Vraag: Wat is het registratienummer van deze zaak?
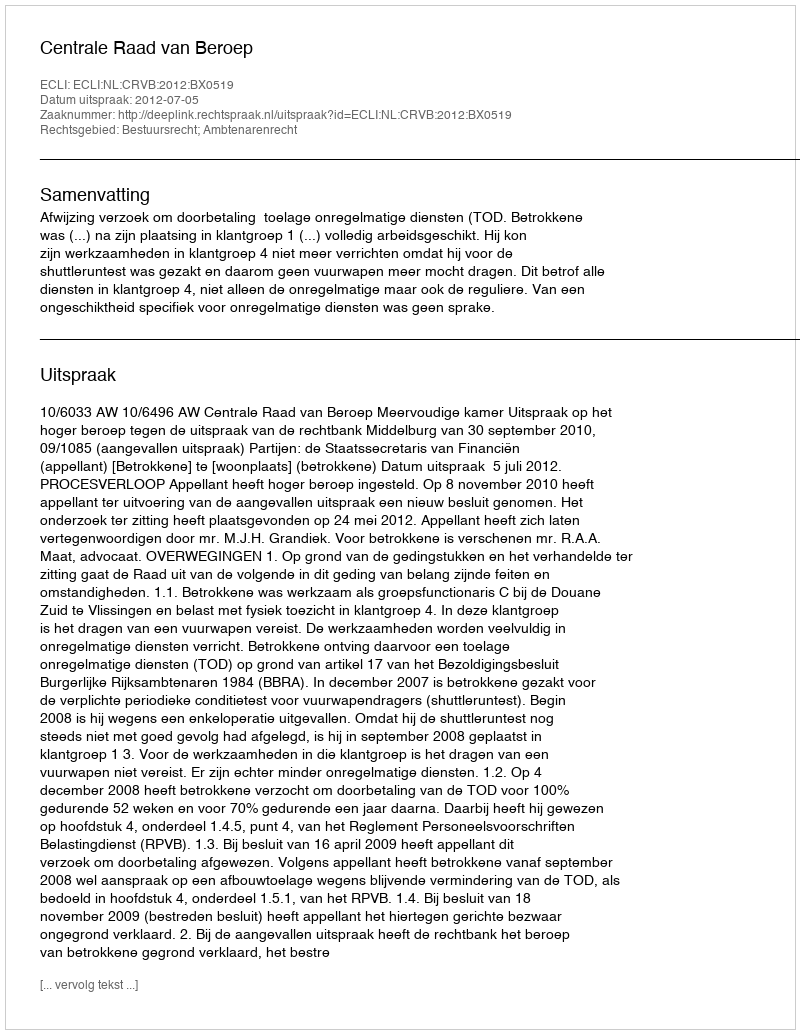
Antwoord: http://deeplink.rechtspraak.nl/uitspraak?id=ECLI:NL:CRVB:2012:BX0519